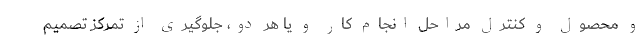
و محصول و کنترل مراحل انجام کار و یا هر دو، جلوگیری از تمرکز تصمیم